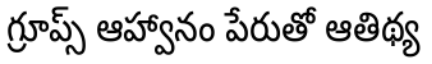
గ్రూప్స్ ఆహ్వానం పేరుతో ఆతిథ్య